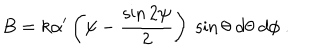
LaTeX: B = k \alpha ^ { \prime } \left( \psi - { \frac { \sin 2 \psi } { 2 } } \right) \; \sin \theta \; d \theta \; d \phi \ . \label B